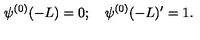
\psi ^ { ( 0 ) } ( - L ) = 0 ; \quad \psi ^ { ( 0 ) } ( - L ) ^ { \prime } = 1 .